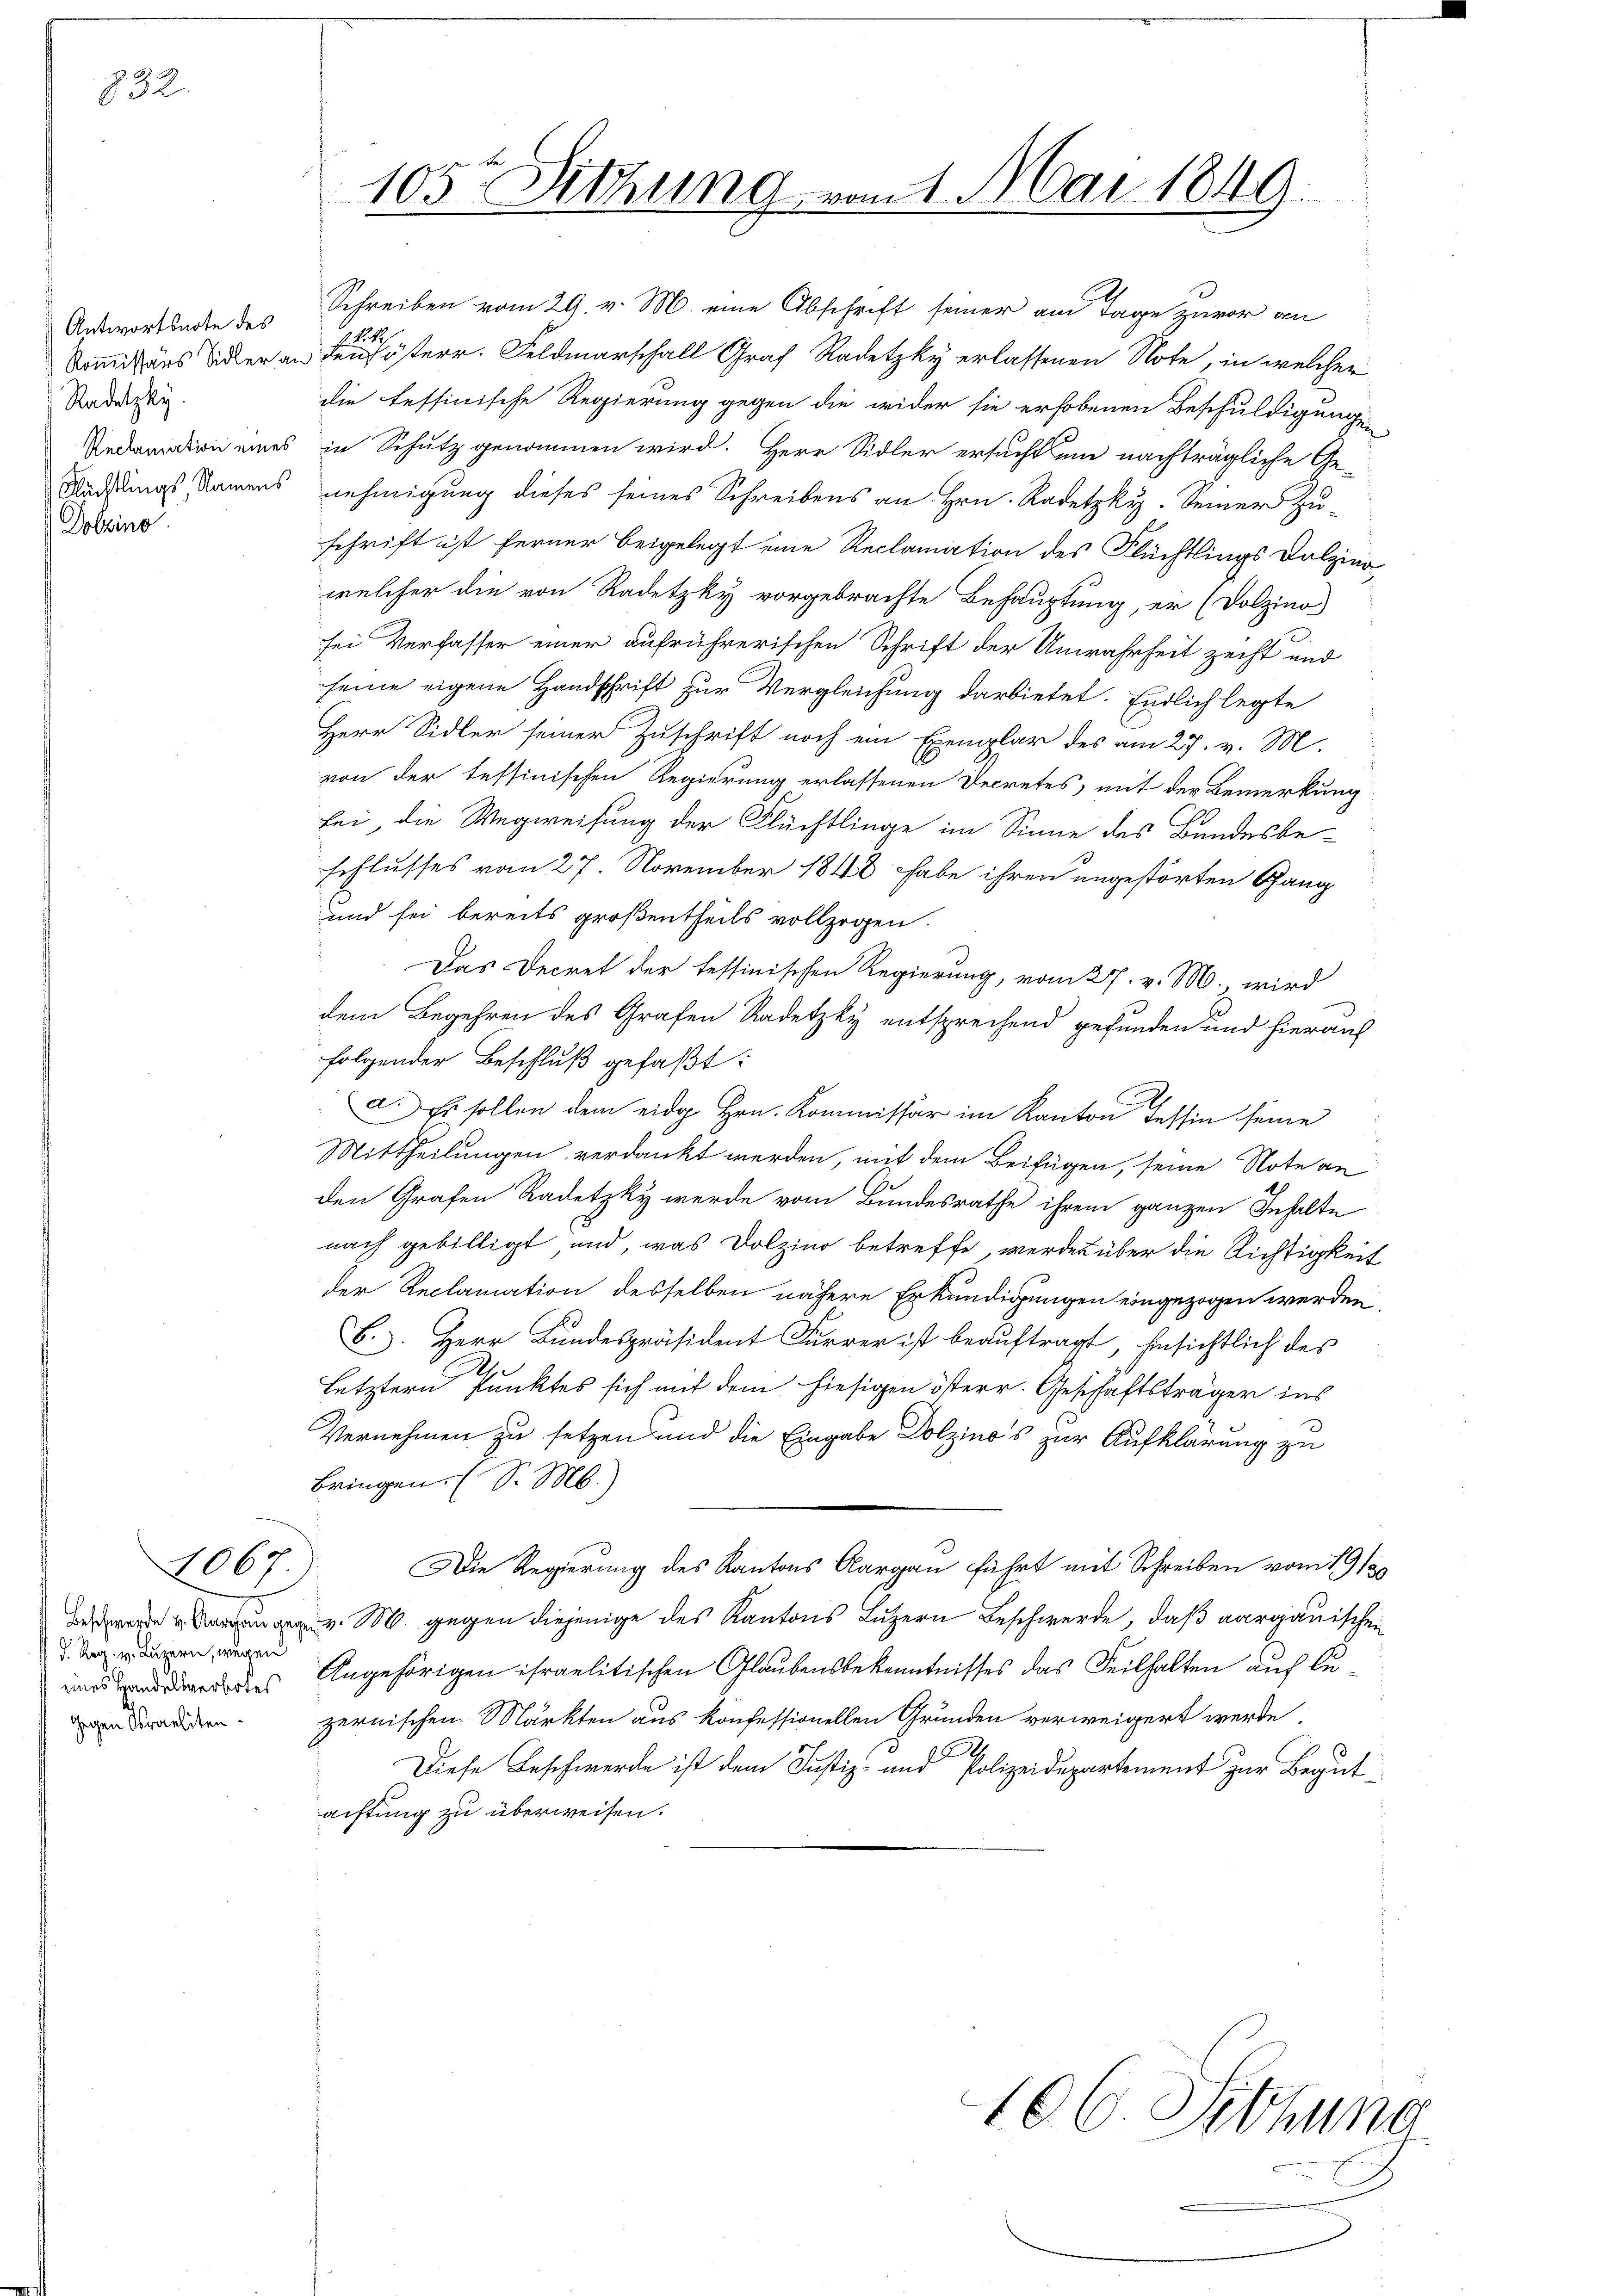
832.

Antwortsarte des
Radetzky.
Dobtino

2067
(d. Reg. v. Luzern, wegen

Schreiben vom 29. v. M. eine Abschrift seiner am Tage zuvor an
N. K.
Kommissärs wider an den österr. Feldmarschall Graf Radetzky erlassenen Note, in welcher
die tessinische Regierung gegen die wider sie erhobenen Beschuldigungen
Iedation eines in Schutz genommen wird. Herr Sidler ersucht um nachträgliche Ge-
Madlings Namens nehmigung dieses seines Schreibens an Hrn. Radetzky. Seiner Zuschrift ist ferner beigelegt eine Reclamation des Flüchtlings Dolzinowelcher die von Radetzky vorgebrachte Behauptung, er (Dolzino
sei Verfasser einer aufrührerischen Schrift der Unwahrheit zeiht und
seine eigene Handschrift zur Vergleichung darbietet. Endlich legte
Herr Sidler seiner Zuschrift noch ein Exemplar des am 27. v. M.
von der tessinischen Regierung erlassenen Decretes, mit der Bemerkung
bei, die Wegweisung der Flüchtlinge im Sinne des Bundesbeschlusses vom 27. November 1848 habe ihren ungestörten Gang
und sei bereits großentheils vollzogen.
Das Decret der tessinischen Regierung, vom 27. v. M., wird
dem Begehren des Grafen Radetzky entsprechend gefunden und hierauf
folgender Beschluß gefaßt:
a. Es sollen dem eidg Hrn. Kommissär im Kanton Tessin seine
Mittheilungen verdankt werden, mit dem Beifügen, seine Note an
den Grafen Radetzky werde vom Bundesrathe ihrem ganzen Inhalte
nach gebilligt und, was Dolzino betreffe, werden über die Richtigkeit
der Reclamation desselben nähere Erkundigungen eingezogen werden,
B.). Herr Bundespräsident Furrer ist beauftragt, hinsichtlich des
letztern Punktes sich mit dem hiesigen österr. Geschäftsträger ins
Vernehmen zu setzen und die Eingabe Dolzinos zur Aufklärung zu
bringen. (S. M.)
Die Regierung des Kantons Aargau führt mit Schreiben vom 191.
 v. M. gegen diejenige des Kantons Luzern Beschwerde, daß aargauische
eines andere des Angehörigen israelitischen Glaubensbekenntnisses das Teilhalten auch Luen Branden zernischen Märkten aus konfessionellen Grunden verweigert werde,
Diese Beschwerde ist dem Justiz- und Polizeidepartement zur Begutaiftung zu überweisen.

105te Sitzung vom 1. Mai 1849.

106. Sitzung